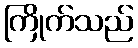
ကြိုက်သည်